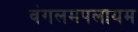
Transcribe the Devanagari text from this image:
वंगलमपलायम